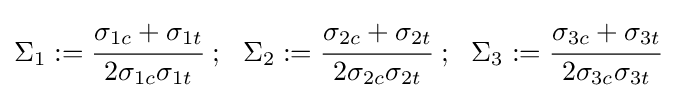
\Sigma _{1}:={\cfrac {\sigma _{1c}+\sigma _{1t}}{2\sigma _{1c}\sigma _{1t}}}~;~~\Sigma _{2}:={\cfrac {\sigma _{2c}+\sigma _{2t}}{2\sigma _{2c}\sigma _{2t}}}~;~~\Sigma _{3}:={\cfrac {\sigma _{3c}+\sigma _{3t}}{2\sigma _{3c}\sigma _{3t}}}